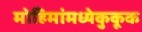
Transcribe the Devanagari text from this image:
मोहिमांमध्येकुकूक